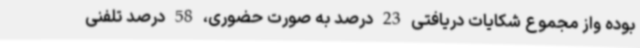
بوده واز مجموع شکایات دریافتی 23 درصد به صورت حضوری، 58 درصد تلفنی